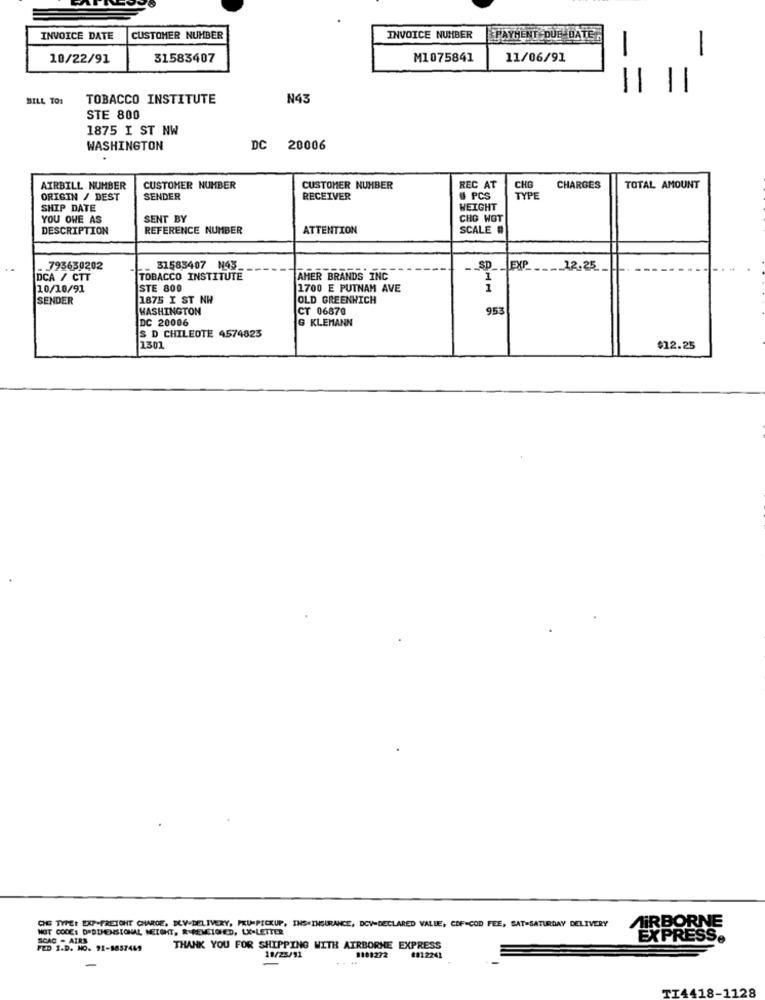
INVOICE DATE
CUSTOMER NUMBER
INVOICE NUMBER
PAYMENT DUE DATE
10/22/91
31583407
M1075841
11/06/91
BILL TO:
TOBACCO INSTITUTE
N43
STE 800
1875 I ST NW
WASHINGTON
DC 20006
AIRBILL NUMBER
CUSTOMER NUMBER
CUSTOMER NUMBER
REC AT
CHO
CHARGES
TOTAL AMOUNT
ORIGIN / DEST
SENDER
RECEIVER
# PCS
TYPE
SHIP DATE
WEIGHT
YOU OWE AS
SENT BY
CHO WGT
DESCRIPTION
REFERENCE NUMBER
ATTENTION
SCALE #
. 793630202
31585407 N43-
-- SD
EXP
-. 12.25
DCA / CTT
TOBACCO INSTITUTE
AHER BRANDS INC
10/10/91
STE 800
1700 E PUTNAM AVE
1
SENDER
1875 I ST NW
OLD GREENWICH
WASHINGTON
CT 06870
953
DC 20006
G KLEMANN
S D CHILEOTE 4574823
1301
$12.25
NOT CODE: D=DIMENSIONAL NEIGHT. R.REMETOHED, LX-LETTER
CHE TYPE: EXP-FREIGHT CHARGE, DLV-DELIVERY, PKU-PICKUP, INS-INSURANCE, DOV-DECLARED VALLE, COF COD FEE, SAT-SATURDAY DELIVERY
AIRBORNE
SCAC . AIRS
EXPRESS.
FED I.D. NO. 91-8857469
THANK YOU FOR SHIPPING WITH AIRBORNE EXPRESS
1101272
18/25/91
0812241
-
TI4418-1128